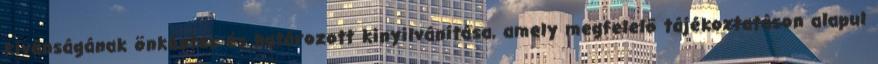
kívánságának önkéntes és határozott kinyilvánítása, amely megfelelő tájékoztatáson alapul